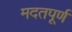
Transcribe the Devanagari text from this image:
मदतपूर्ण